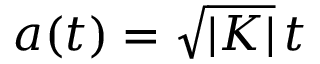
a ( t ) = \sqrt { | K | } \, t